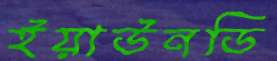
ইয়াউনডি